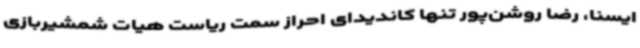
ایسنا، رضا روشن‌پور تنها کاندیدای احراز سمت ریاست هیات شمشیربازی